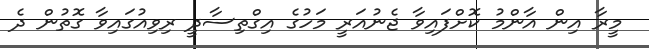
މީރާ އިން އާންމު ކޮށްފައިވާ ޖެނުއަރީ މަހުގެ އިގްތިސާދީ ރިވިއުގައިވާ ގޮތުން ދެ